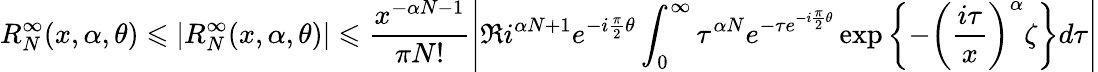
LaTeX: R_{N}^{\infty}(x,\alpha,\theta)\leqslant|R_{N}^{\infty}(x,\alpha,\theta)|\leqslant\frac{x^{-\alpha N-1}}{\pi N!}\left|\Re i^{\alpha N+1}e^{-i\frac{\pi}{2}\theta}\int_{0}^{\infty}\tau^{\alpha N}e^{-\tau e^{-i\frac{\pi}{2}\theta}}\exp\left\{ -\left(\frac{i\tau}{x}\right)^{\alpha}\zeta\right\} d\tau\right|